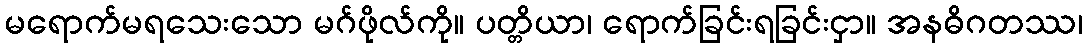
မရောက်မရသေးသော မဂ်ဖိုလ်ကို။ ပတ္တိယာ၊ ရောက်ခြင်းရခြင်းငှာ။ အနဓိဂတဿ၊